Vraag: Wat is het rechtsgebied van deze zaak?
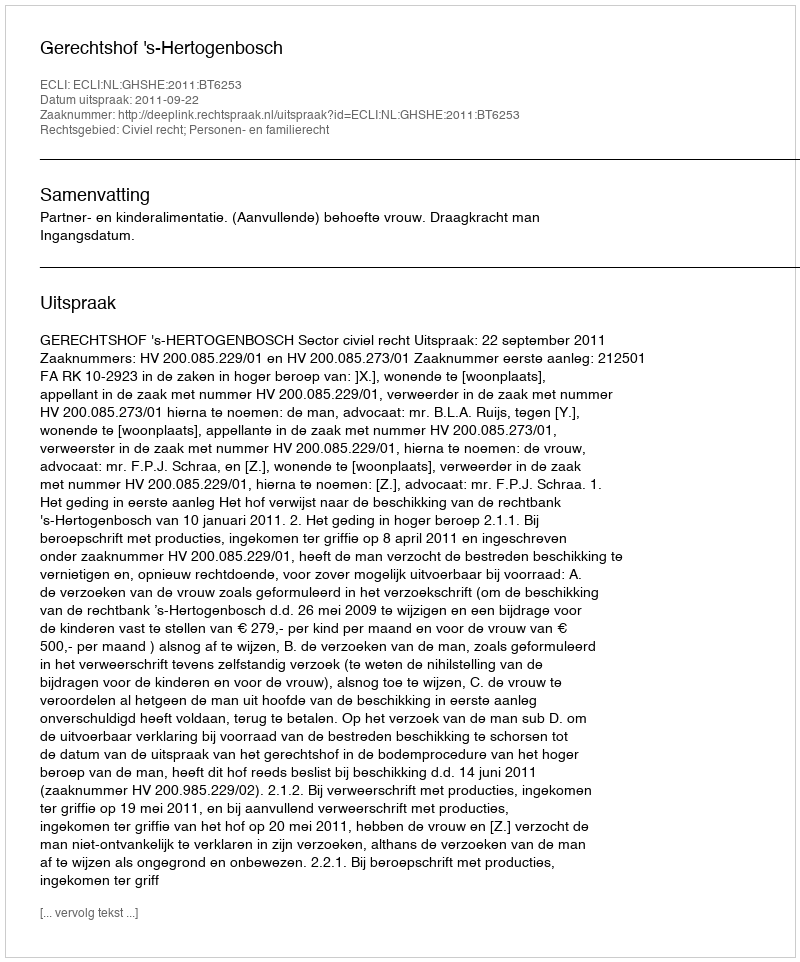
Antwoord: Civiel recht; Personen- en familierecht